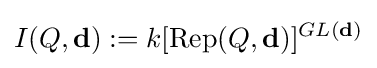
I(Q,\mathbf {d} ):=k[\operatorname {Rep} (Q,\mathbf {d} )]^{GL(\mathbf {d} )}